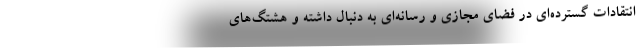
انتقادات گسترده‌ای در فضای مجازی و رسانه‌ای به دنبال داشته و هشتگ‌های